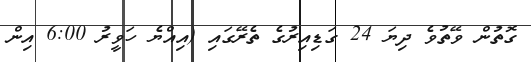
ގޮތުން ވޭތުވެ ދިޔަ 24 ގަޑިއިރުގެ ތެރޭގައި (އިއްޔެ ހަވީރު 6:00 އިން